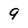
Character: 9